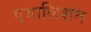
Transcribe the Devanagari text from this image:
एबालिशन